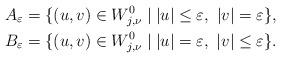
LaTeX: \begin{align*} A_{\varepsilon }&=\{(u,v)\in W^{0}_{j,\nu }\mid |u|\le \varepsilon ,\ |v|= \varepsilon\},\\ B_{\varepsilon }&=\{(u,v)\in W^{0}_{j,\nu }\mid |u|= \varepsilon ,\ |v|\le \varepsilon\}. \end{align*}